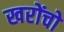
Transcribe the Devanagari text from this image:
खरोंचो